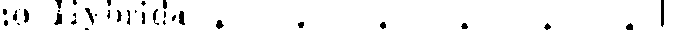
:o Hybrida . . . . . .